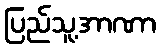
ပြည်သူ့အာဏာ